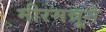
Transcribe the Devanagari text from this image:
मीरमन्नूने